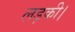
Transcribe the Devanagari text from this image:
लड़की।